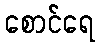
စောင်ရေ